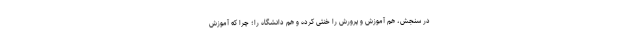
در سنجش، هم آموزش و پرورش را خنثی کرده و هم دانشگاه را؛ چرا که آموزش